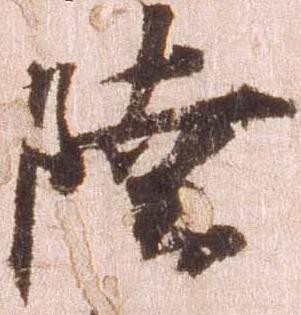
陸